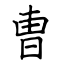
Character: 曺